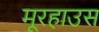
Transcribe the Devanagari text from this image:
मूरहाउस